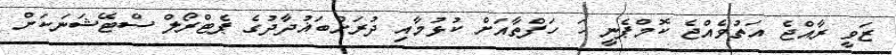
ޒަވީ ރާއްޖެ އަތުވެއްޖެ ކޮމްޕެނީ ހަ ހަފްތާއަށް ކުޅުމާއި ދުރަށްބަޣުދާދުގެ ޕެޓްރޯލް ސްޓޭޝަނަކަށް